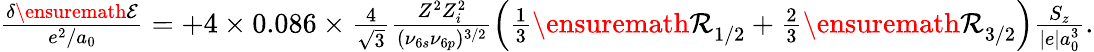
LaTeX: \begin{array}{r}{\frac{\delta{\ensuremath{\mathcal E}}}{e^{2}/a_{0}}=+4\times 0.086\times\frac{4}{\sqrt{3}}\frac{Z^{2}Z_{i}^{2}}{(\nu_{6s}\nu_{6p})^{3/2}}\left(\frac{1}{3}{\ensuremath{\mathcal R}}_{1/2}+\frac{2}{3}{\ensuremath{\mathcal R}}_{3/2}\right)\frac{S_{z}}{|e|a_{0}^{3}}.}\end{array}